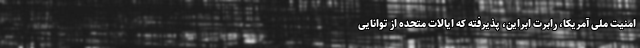
امنیت ملی آمریکا، رابرت اُبرایِن، پذیرفته که ایالات متحده از توانایی